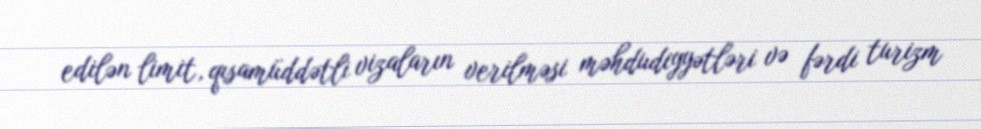
edilən limit, qısamüddətli vizaların verilməsi məhdudiyyətləri və fərdi turizm